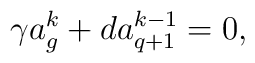
\gamma a^k_g + d a^{k-1}_{q+1} = 0,